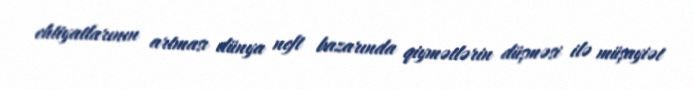
ehtiyatlarının artması dünya neft bazarında qiymətlərin düşməsi ilə müşayiət